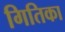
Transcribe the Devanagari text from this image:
गितिका